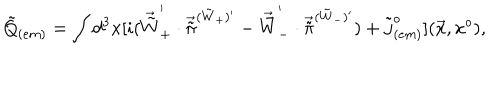
{ \tilde { Q } } _ { ( e m ) } = \int d ^ { 3 } x [ i ( { \vec { \tilde { W } } } _ { + } ^ { ' } \cdot { \vec { \tilde { \pi } } } ^ { ( { \tilde { W } } _ { + } ) { ' } } - { \vec { \tilde { W } } } _ { - } ^ { ' } \cdot { \vec { \tilde { \pi } } } ^ { ( { \tilde { W } } _ { - } ) { ' } } ) + { \tilde { j } } _ { ( e m ) } ^ { o } ] ( \vec { x } , x ^ { o } ) ,